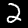
Label: 2